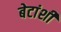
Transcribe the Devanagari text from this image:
बेटांशी